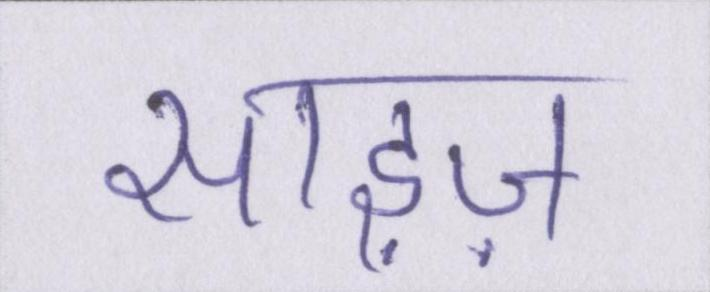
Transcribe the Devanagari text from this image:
साइज़